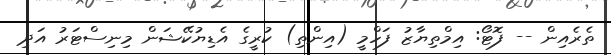
ތެރެއިން -- ފޮޓޯ: އިމްތިޔާޒު ފަހްމީ (އިންތި) ކުރީގެ އެޑިޔުކޭޝަން މިނިސްޓަރު އަދި